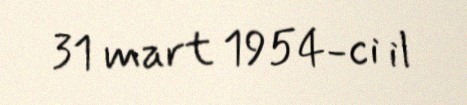
31 mart 1954-ci il